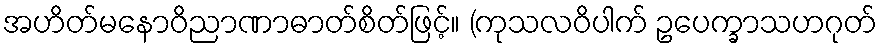
အဟိတ်မနောဝိညာဏာဓာတ်စိတ်ဖြင့်။ (ကုသလဝိပါက် ဥပေက္ခာသဟဂုတ်